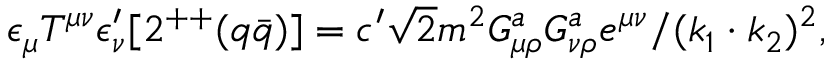
\epsilon _ { \mu } T ^ { \mu \nu } \epsilon _ { \nu } ^ { \prime } [ 2 ^ { + + } ( q \bar { q } ) ] = c ^ { \prime } \sqrt { 2 } m ^ { 2 } G _ { \mu \rho } ^ { a } G _ { \nu \rho } ^ { a } e ^ { \mu \nu } / ( k _ { 1 } \cdot k _ { 2 } ) ^ { 2 } ,